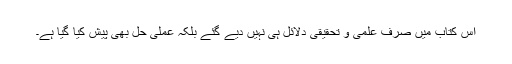
اِس کتاب میں صرف علمی و تحقیقی دلائل ہی نہیں دیے گئے بلکہ عملی حل بھی پیش کیا گیا ہے۔